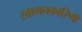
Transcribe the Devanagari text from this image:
स्वागतकारिणी